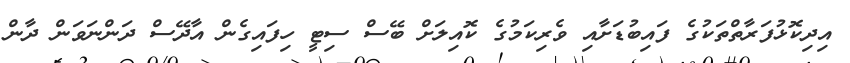
އިދިކޮޅުފަރާތްތަކުގެ ފައިބުޑަށާއި ވެރިކަމުގެ ކޮއިލަށް ބޭސް ސިޓީ ހިފައިގެން އާދޭސް ދަންނަވަން ދާން